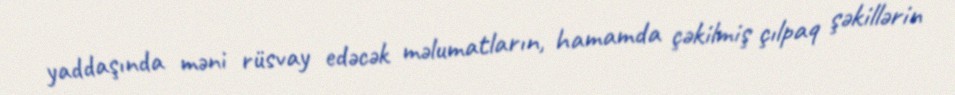
yaddaşında məni rüsvay edəcək məlumatların, hamamda çəkilmiş çılpaq şəkillərin